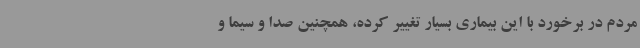
مردم در برخورد با این بیماری بسیار تغییر کرده، همچنین صدا و سیما و